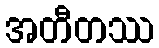
အတီတဿ